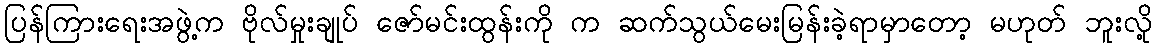
ပြန်ကြားရေးအဖွဲ့က ဗိုလ်မှုးချုပ် ဇော်မင်းထွန်းကို က ဆက်သွယ်မေးမြန်းခဲ့ရာမှာတော့ မဟုတ် ဘူးလို့